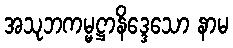
အသုဘကမ္မဋ္ဌာနိဒ္ဒေသော နာမ